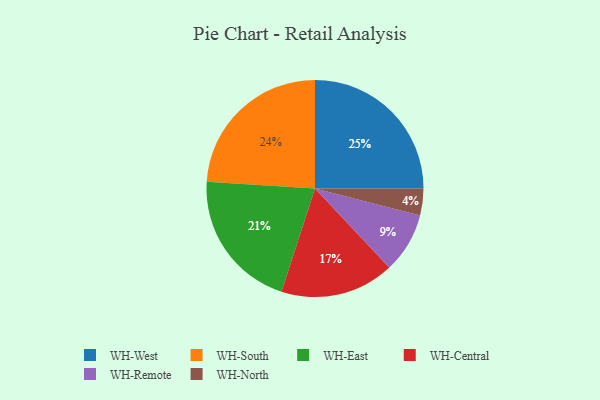
{"axis": {"x": "Category", "y": "Percentage"}, "legend": ["WH-Central", "WH-East", "WH-North", "WH-Remote", "WH-South", "WH-West"], "data": [{"x": "WH-Central", "y": 17, "type": "WH-Central"}, {"x": "WH-Remote", "y": 9, "type": "WH-Remote"}, {"x": "WH-East", "y": 21, "type": "WH-East"}, {"x": "WH-North", "y": 4, "type": "WH-North"}, {"x": "WH-West", "y": 25, "type": "WH-West"}, {"x": "WH-South", "y": 24, "type": "WH-South"}]}